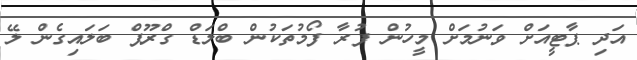
އަދި ޕާޓީއަށް ވަނުމަށް މީހުން ފުރާ ފޯމުތަކުން ބްލަޑް ގްރޫޕް ބަލައިގެން ލޭ